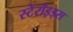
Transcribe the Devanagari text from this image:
स्टेरॉइड्स